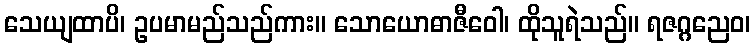
သေယျထာပိ၊ ဥပမာမည်သည်ကား။ သောယောဓာဇီဝေါ၊ ထိုသူရဲသည်။ ရဇဂ္ဂညေဝ၊